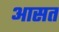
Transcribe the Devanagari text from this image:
आसत